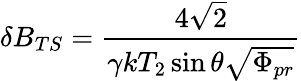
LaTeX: \delta B_{TS}=\frac{4\sqrt{2}}{\gamma kT_{2}\sin\theta\sqrt{\Phi_{pr}}}